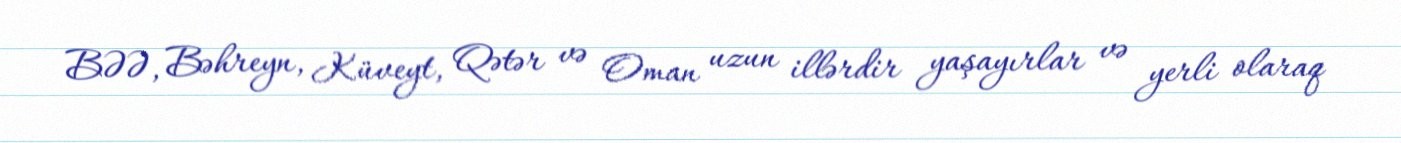
BƏƏ, Bəhreyn, Küveyt, Qətər və Oman uzun illərdir yaşayırlar və yerli olaraq